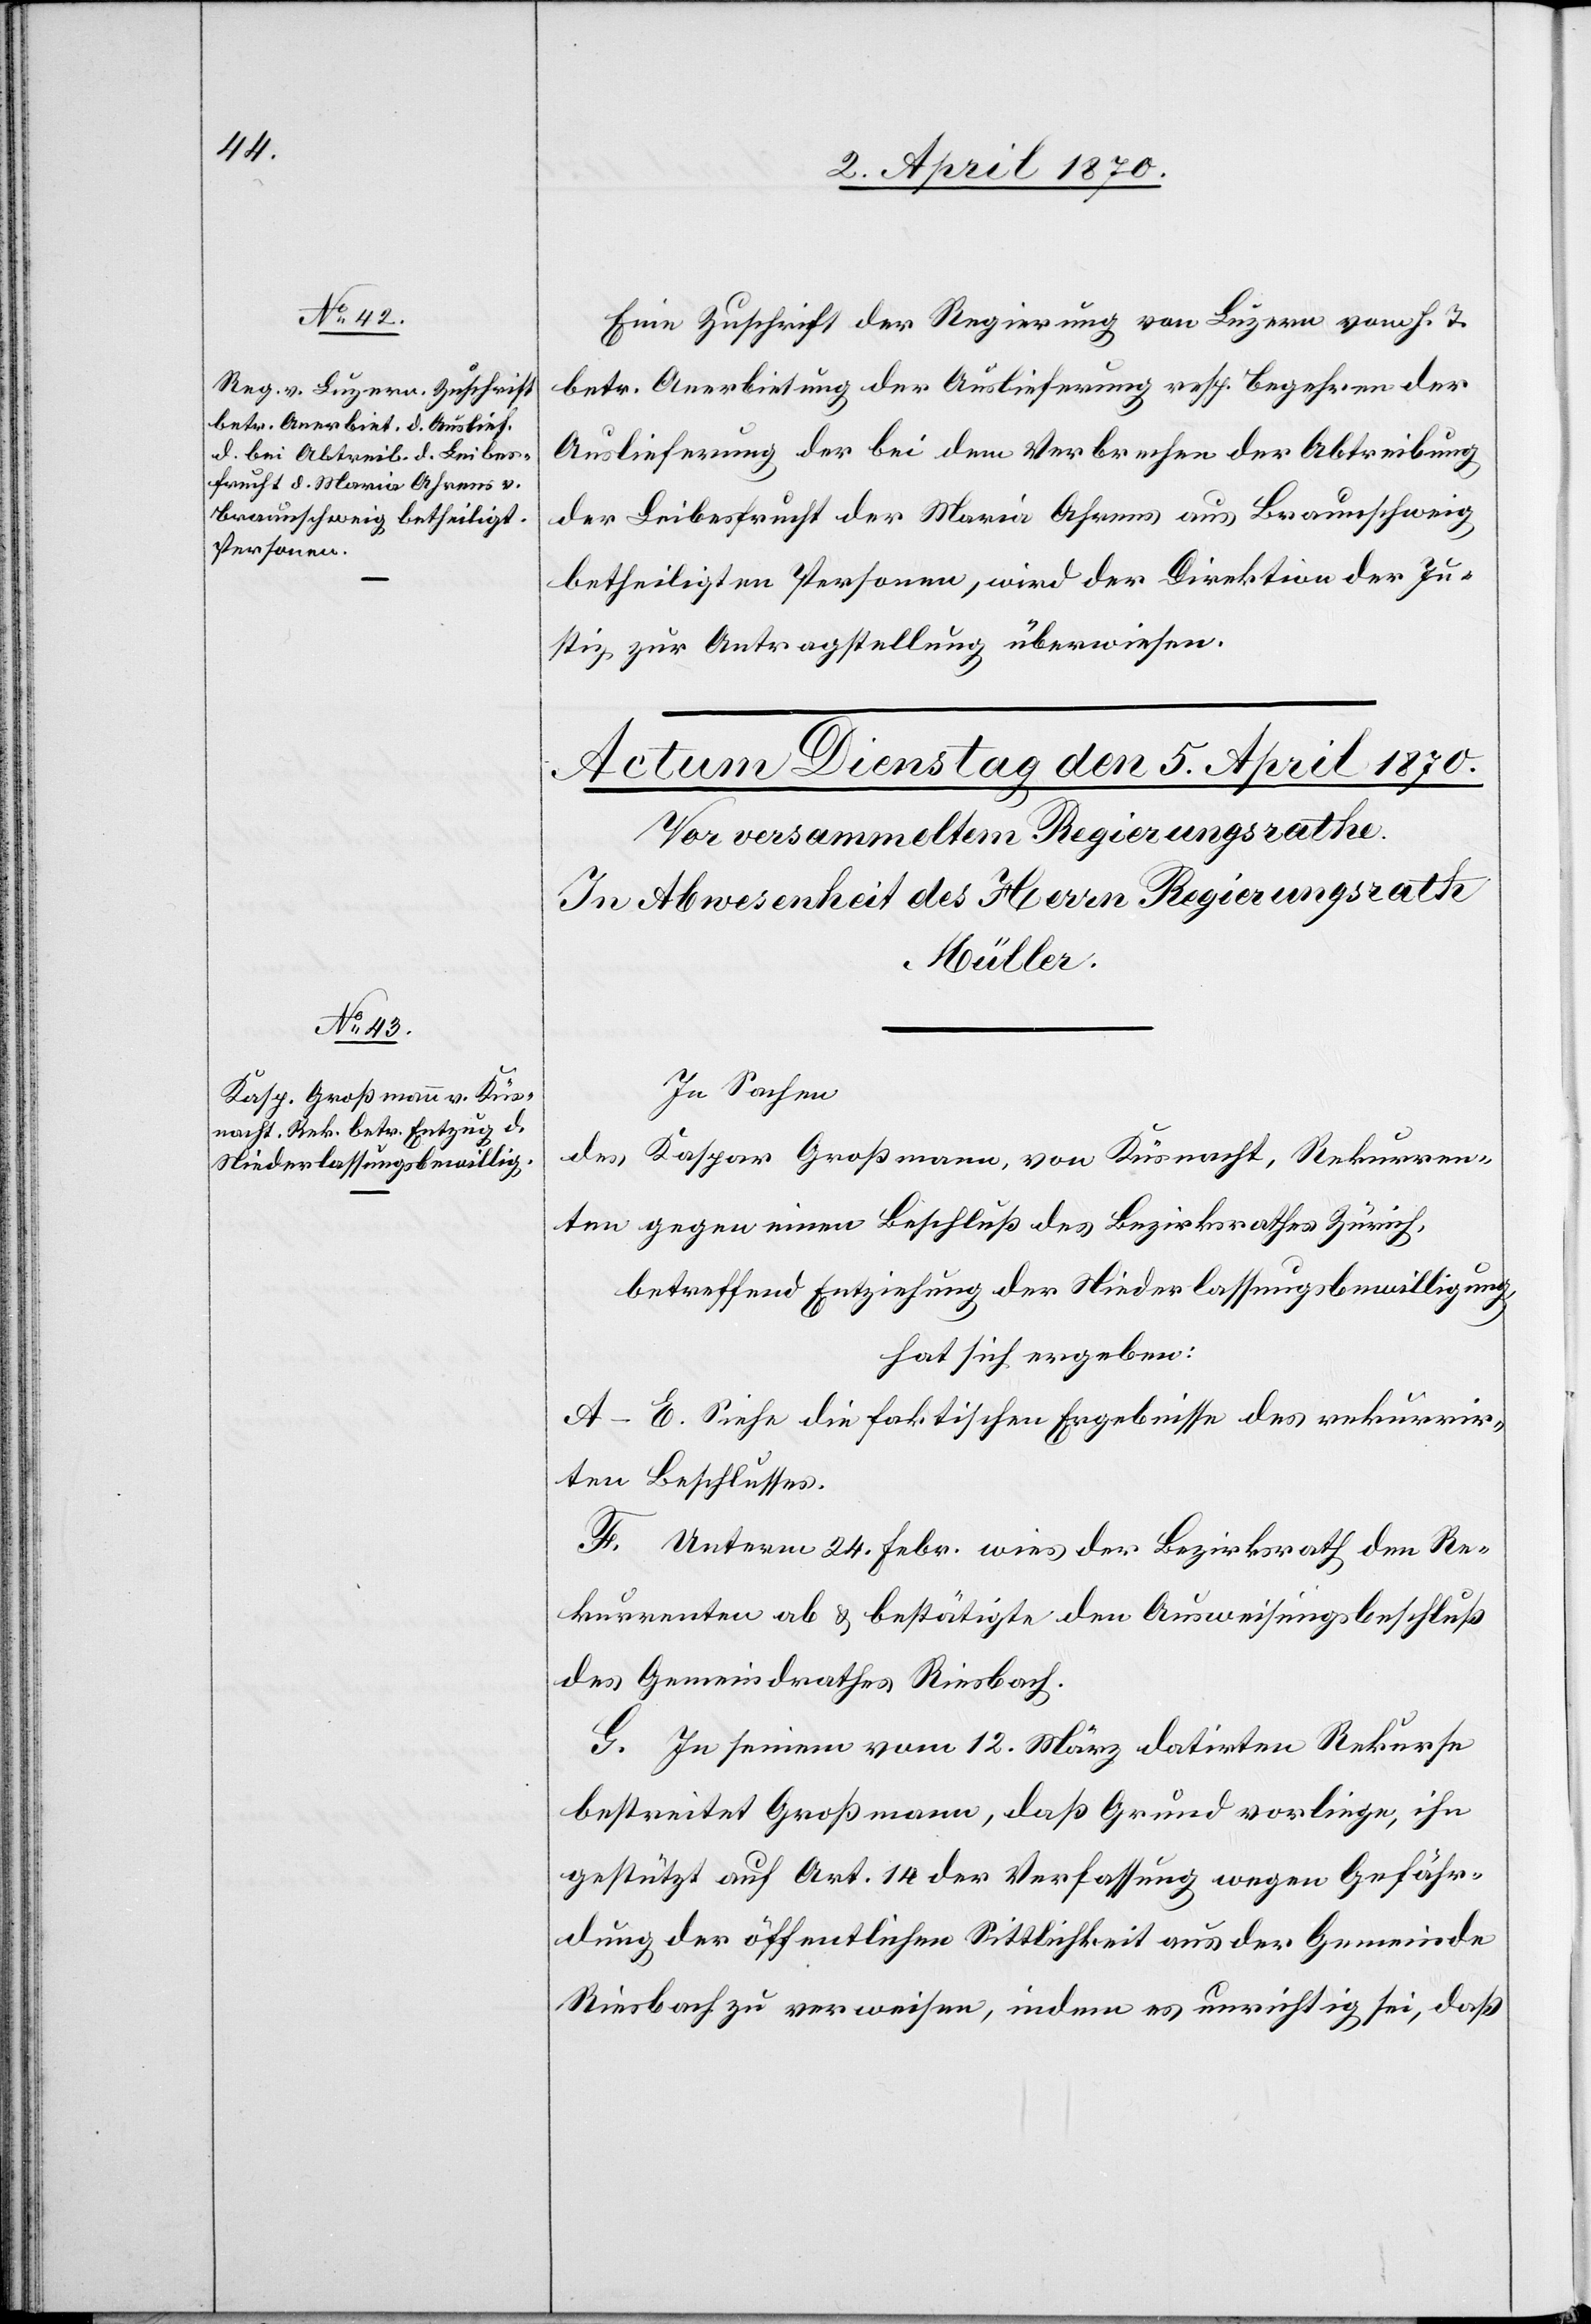
2. April 1870.]
Eine Zuschrift der Regierung von Luzern vom h. T.
betr. Anerbietung der Auslieferung resp. Begehren der
Auslieferung der bei dem Verbrechen der Abtreibung
der Leibesfrucht der Maria Ahrens aus Braunschweig
betheiligten Personen, wird der Direktion der Ju¬
stiz zur Antragstellung überwiesen.
In Sachen
des Kaspar Großmann, von Küsnacht, Rekurren¬
ten gegen einen Beschluß des Bezirksrathes Zürich,
betreffend Entziehung der Niederlassungsbewilligung,
hat sich ergeben:
A–E. Siehe die faktischen Ergebnisse des rekurrir¬
ten Beschlusses.
F. Unterm 24. Febr. wies der Bezirksrath den Re¬
kurrenten ab & bestätigte den Ausweisungsbeschluß
des Gemeindrathes Riesbach.
G. In seinem vom 12. März datirten Rekurse
bestreitet Großmann, daß Grund vorliege, ihn
gestützt auf Art. 14 der Verfassung wegen Gefähr¬
dung der öffentlichen Sittlichkeit aus der Gemeinde
Riesbach zu verweisen, indem es unrichtig sei, daß